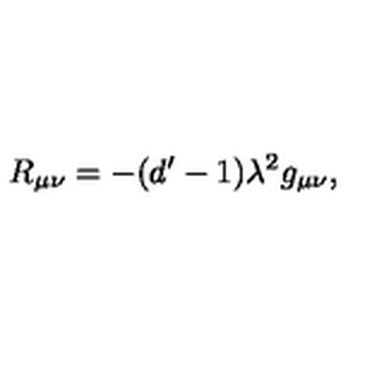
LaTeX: R _ { \mu \nu } = - ( d ^ { \prime } - 1 ) \lambda ^ { 2 } g _ { \mu \nu } ,